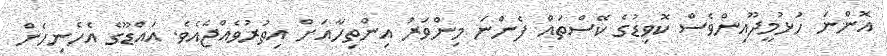
އޮންނަ ހުޅުމީދޫއިންވެސް ކޮވިޑުގެ ކޭސްތައް ފެންނަ މިންވަރު އިންތިހާއަށް އިތުރުވެއްޖެއެވެ. އައްޑޫގެ އެހެނިހެން